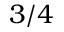
3 / 4